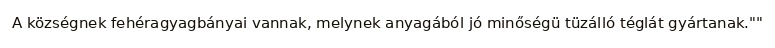
A községnek fehéragyagbányai vannak, melynek anyagából jó minőségü tüzálló téglát gyártanak.""